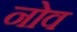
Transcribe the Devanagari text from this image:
नोव